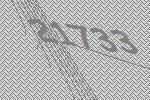
21733